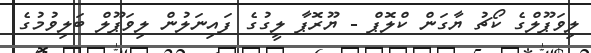
ލިވަޕޫލްގެ ކޯޗު ޔާގަން ކްލޮޕް - ޔޫރޮޕާ ލީގުގެ ފައިނަލުން ލިވަޕޫލް ބަލިވުމުގެ